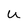
Character: U